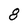
Character: 8